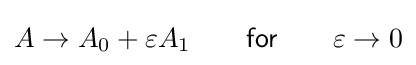
A\to A_{0}+\varepsilon A_{1}\qquad {\mathsf {for}}\qquad \varepsilon \to 0